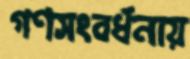
গণসংবর্ধনায়